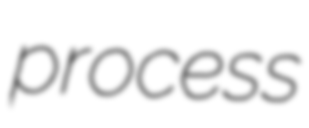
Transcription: process